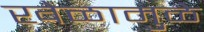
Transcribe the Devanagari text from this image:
खेळामुळे